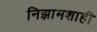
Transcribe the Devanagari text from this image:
निझामशाही